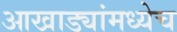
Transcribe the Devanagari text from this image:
आखाड्यांमध्येच